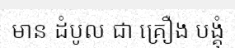
មាន ដំបូល ជា គ្រឿង បង្គុំ